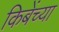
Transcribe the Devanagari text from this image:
किबेंच्या